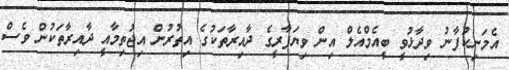
އެމަނިކުފާނު ވިދާޅުވީ ބީއެމްއެލް އިން ވިޔަފާރީގެ ދާއިރާތަކުގެ އިތުރުން އިޖުތިމާއީ ދާއިރާތަކުން ވެސް